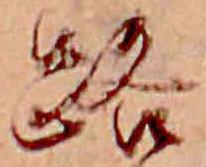
路